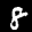
Label: 8